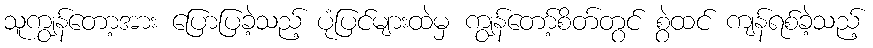
သူကျွန်တော့အား ပြောပြခဲ့သည့် ပုံပြင်များထဲမှ ကျွန်တော့်စိတ်တွင် စွဲထင် ကျန်ရစ်ခဲ့သည့်